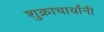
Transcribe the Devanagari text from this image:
शुक्राचार्यांनी